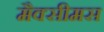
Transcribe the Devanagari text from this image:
मैक्सीमस